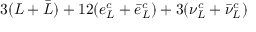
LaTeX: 3 ( L + \bar { L } ) + 1 2 ( e _ { L } ^ { c } + \bar { e } _ { L } ^ { c } ) + 3 ( \nu _ { L } ^ { c } + \bar { \nu } _ { L } ^ { c } )